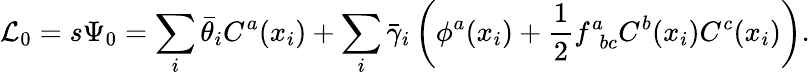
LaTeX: {\cal L}_{0}=s\Psi_{0}=\sum_{i}\bar{\theta}_{i}C^{a}(x_{i})+\sum_{i}\bar{\gamma}_{i}\left(\phi^{a}(x_{i})+{\frac{1}{2}}f_{\phantom{a}bc}^{a}C^{b}(x_{i})C^{c}(x_{i})\right).